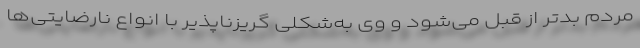
مردم بدتر از قبل می‌شود و وی به‌شکلی گریزناپذیر با انواع نارضایتی‌ها